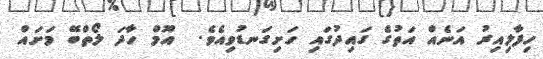
ހިފާލިއިރު އަނެއް އަތުގެ ގައިދުގައި ހަށިގަނޑުވިއެވެ.  އޫމް ހާދަ ލޯތްބޭ މަށައް